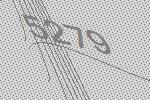
5279